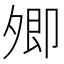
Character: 𡖖